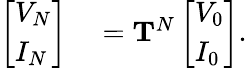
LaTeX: \begin{array}{rl}{\left[\begin{array}{l}{V_{N}}\\ {I_{N}}\end{array}\right]}&{{}=\mathbf{T}^{N}\left[\begin{array}{l}{V_{0}}\\ {I_{0}}\end{array}\right].}\end{array}